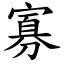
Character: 寡